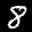
Label: 8